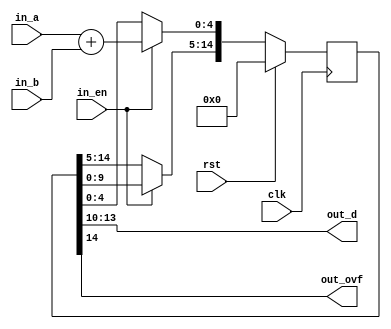
/* Generated by Amaranth Yosys 0.25 (PyPI ver 0.25.0.0.post70, git sha1 e02b7f64b) */

(* \amaranth.hierarchy  = "top" *)
(* top =  1  *)
(* generator = "Amaranth" *)
module top(in_a, in_b, out_d, out_ovf, clk, rst, in_en);
  reg \$auto$verilog_backend.cc:2083:dump_module$2  = 0;
  (* src = "/data/Github/SNUHSD2023Spring/Lab3/Example/adder_sync.py:40" *)
  wire [4:0] \$1 ;
  (* src = "/usr/local/lib/python3.10/dist-packages/amaranth/hdl/ir.py:527" *)
  input clk;
  wire clk;
  (* src = "/data/Github/SNUHSD2023Spring/Lab3/Example/adder_sync.py:10" *)
  input [3:0] in_a;
  wire [3:0] in_a;
  (* src = "/data/Github/SNUHSD2023Spring/Lab3/Example/adder_sync.py:11" *)
  input [3:0] in_b;
  wire [3:0] in_b;
  (* src = "/data/Github/SNUHSD2023Spring/Lab3/Example/adder_sync.py:13" *)
  input in_en;
  wire in_en;
  (* src = "/data/Github/SNUHSD2023Spring/Lab3/Example/adder_sync.py:14" *)
  output [3:0] out_d;
  wire [3:0] out_d;
  (* src = "/data/Github/SNUHSD2023Spring/Lab3/Example/adder_sync.py:15" *)
  output out_ovf;
  wire out_ovf;
  (* src = "/usr/local/lib/python3.10/dist-packages/amaranth/hdl/ir.py:527" *)
  input rst;
  wire rst;
  (* src = "/data/Github/SNUHSD2023Spring/Lab3/Example/adder_sync.py:19" *)
  reg [14:0] sim_delay = 15'h0000;
  (* src = "/data/Github/SNUHSD2023Spring/Lab3/Example/adder_sync.py:19" *)
  reg [14:0] \sim_delay$next ;
  assign \$1  = in_a + (* src = "/data/Github/SNUHSD2023Spring/Lab3/Example/adder_sync.py:40" *) in_b;
  always @(posedge clk)
    sim_delay <= \sim_delay$next ;
  always @* begin
    if (\$auto$verilog_backend.cc:2083:dump_module$2 ) begin end
    \sim_delay$next  = sim_delay;
    (* src = "/data/Github/SNUHSD2023Spring/Lab3/Example/adder_sync.py:30" *)
    casez (in_en)
      /* src = "/data/Github/SNUHSD2023Spring/Lab3/Example/adder_sync.py:30" */
      1'h1:
        begin
          \sim_delay$next [14:5] = sim_delay[9:0];
          \sim_delay$next [4:0] = \$1 ;
        end
    endcase
    (* src = "/usr/local/lib/python3.10/dist-packages/amaranth/hdl/xfrm.py:519" *)
    casez (rst)
      1'h1:
          \sim_delay$next  = 15'h0000;
    endcase
  end
  assign { out_ovf, out_d } = sim_delay[14:10];
endmodule